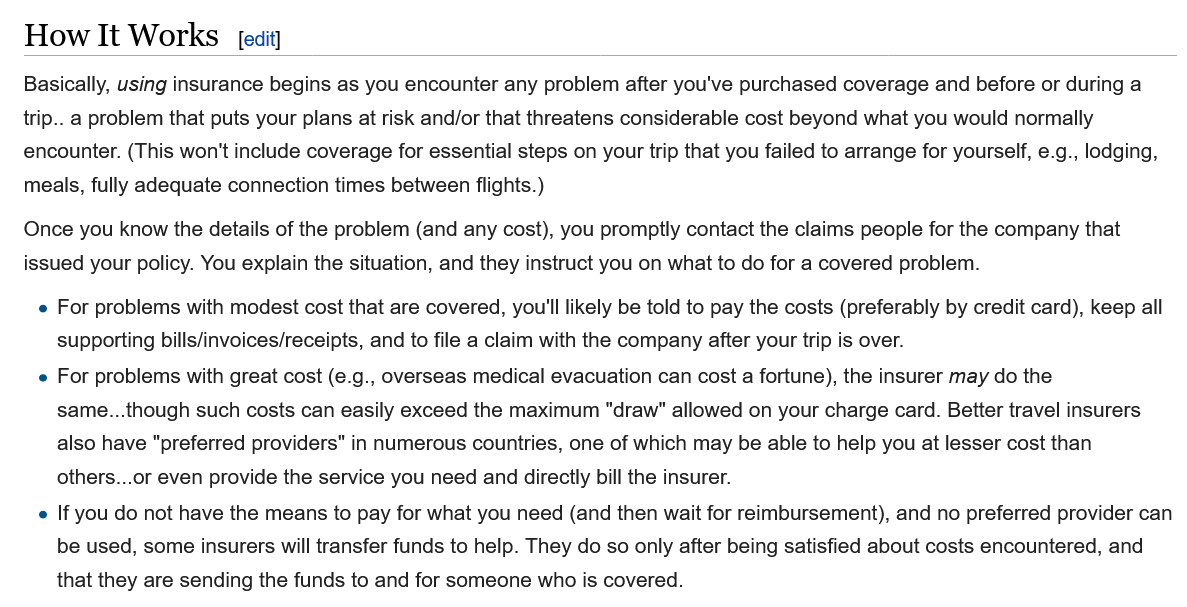
How It    Works    edit]
   Basically, using insurance begins as you encounter any problem after you've purchased coverage and before or during a
   trip.. a problem that puts your plans at risk and/or that threatens considerable cost beyond what you would normally
   encounter. (This won't include coverage for essential steps on your trip that you failed to arrange for yourself, e.g., lodging,
   meals, fully adequate connection times between flights.)
   Once you know the details of the problem (and any cost), you promptly contact the claims people for the company that
   issued your policy. You explain the situation, and they instruct you on what to do for a covered problem.
    e For problems with modest cost that are covered, you'll likely be told to pay the costs (preferably by credit card), keep all
     supporting bills/invoices/receipts, and to file a claim with the company after your trip is over.
    » For problems with great cost (e.g., overseas medical evacuation can cost a fortune), the insurer may do the
     same...though such costs can easily exceed the maximum "draw" allowed on your charge card. Better travel insurers
     also have "preferred providers" in numerous countries, one of which may be able to help you at lesser cost than
     others...or even provide the service you need and directly bill the insurer.
    e If you do not have the means to pay for what you need (and then wait for reimbursement), and no preferred provider can
     be used, some insurers will transfer funds to help. They do so only after being satisfied about costs encountered, and
     that they are sending the funds to and for someone who is covered.